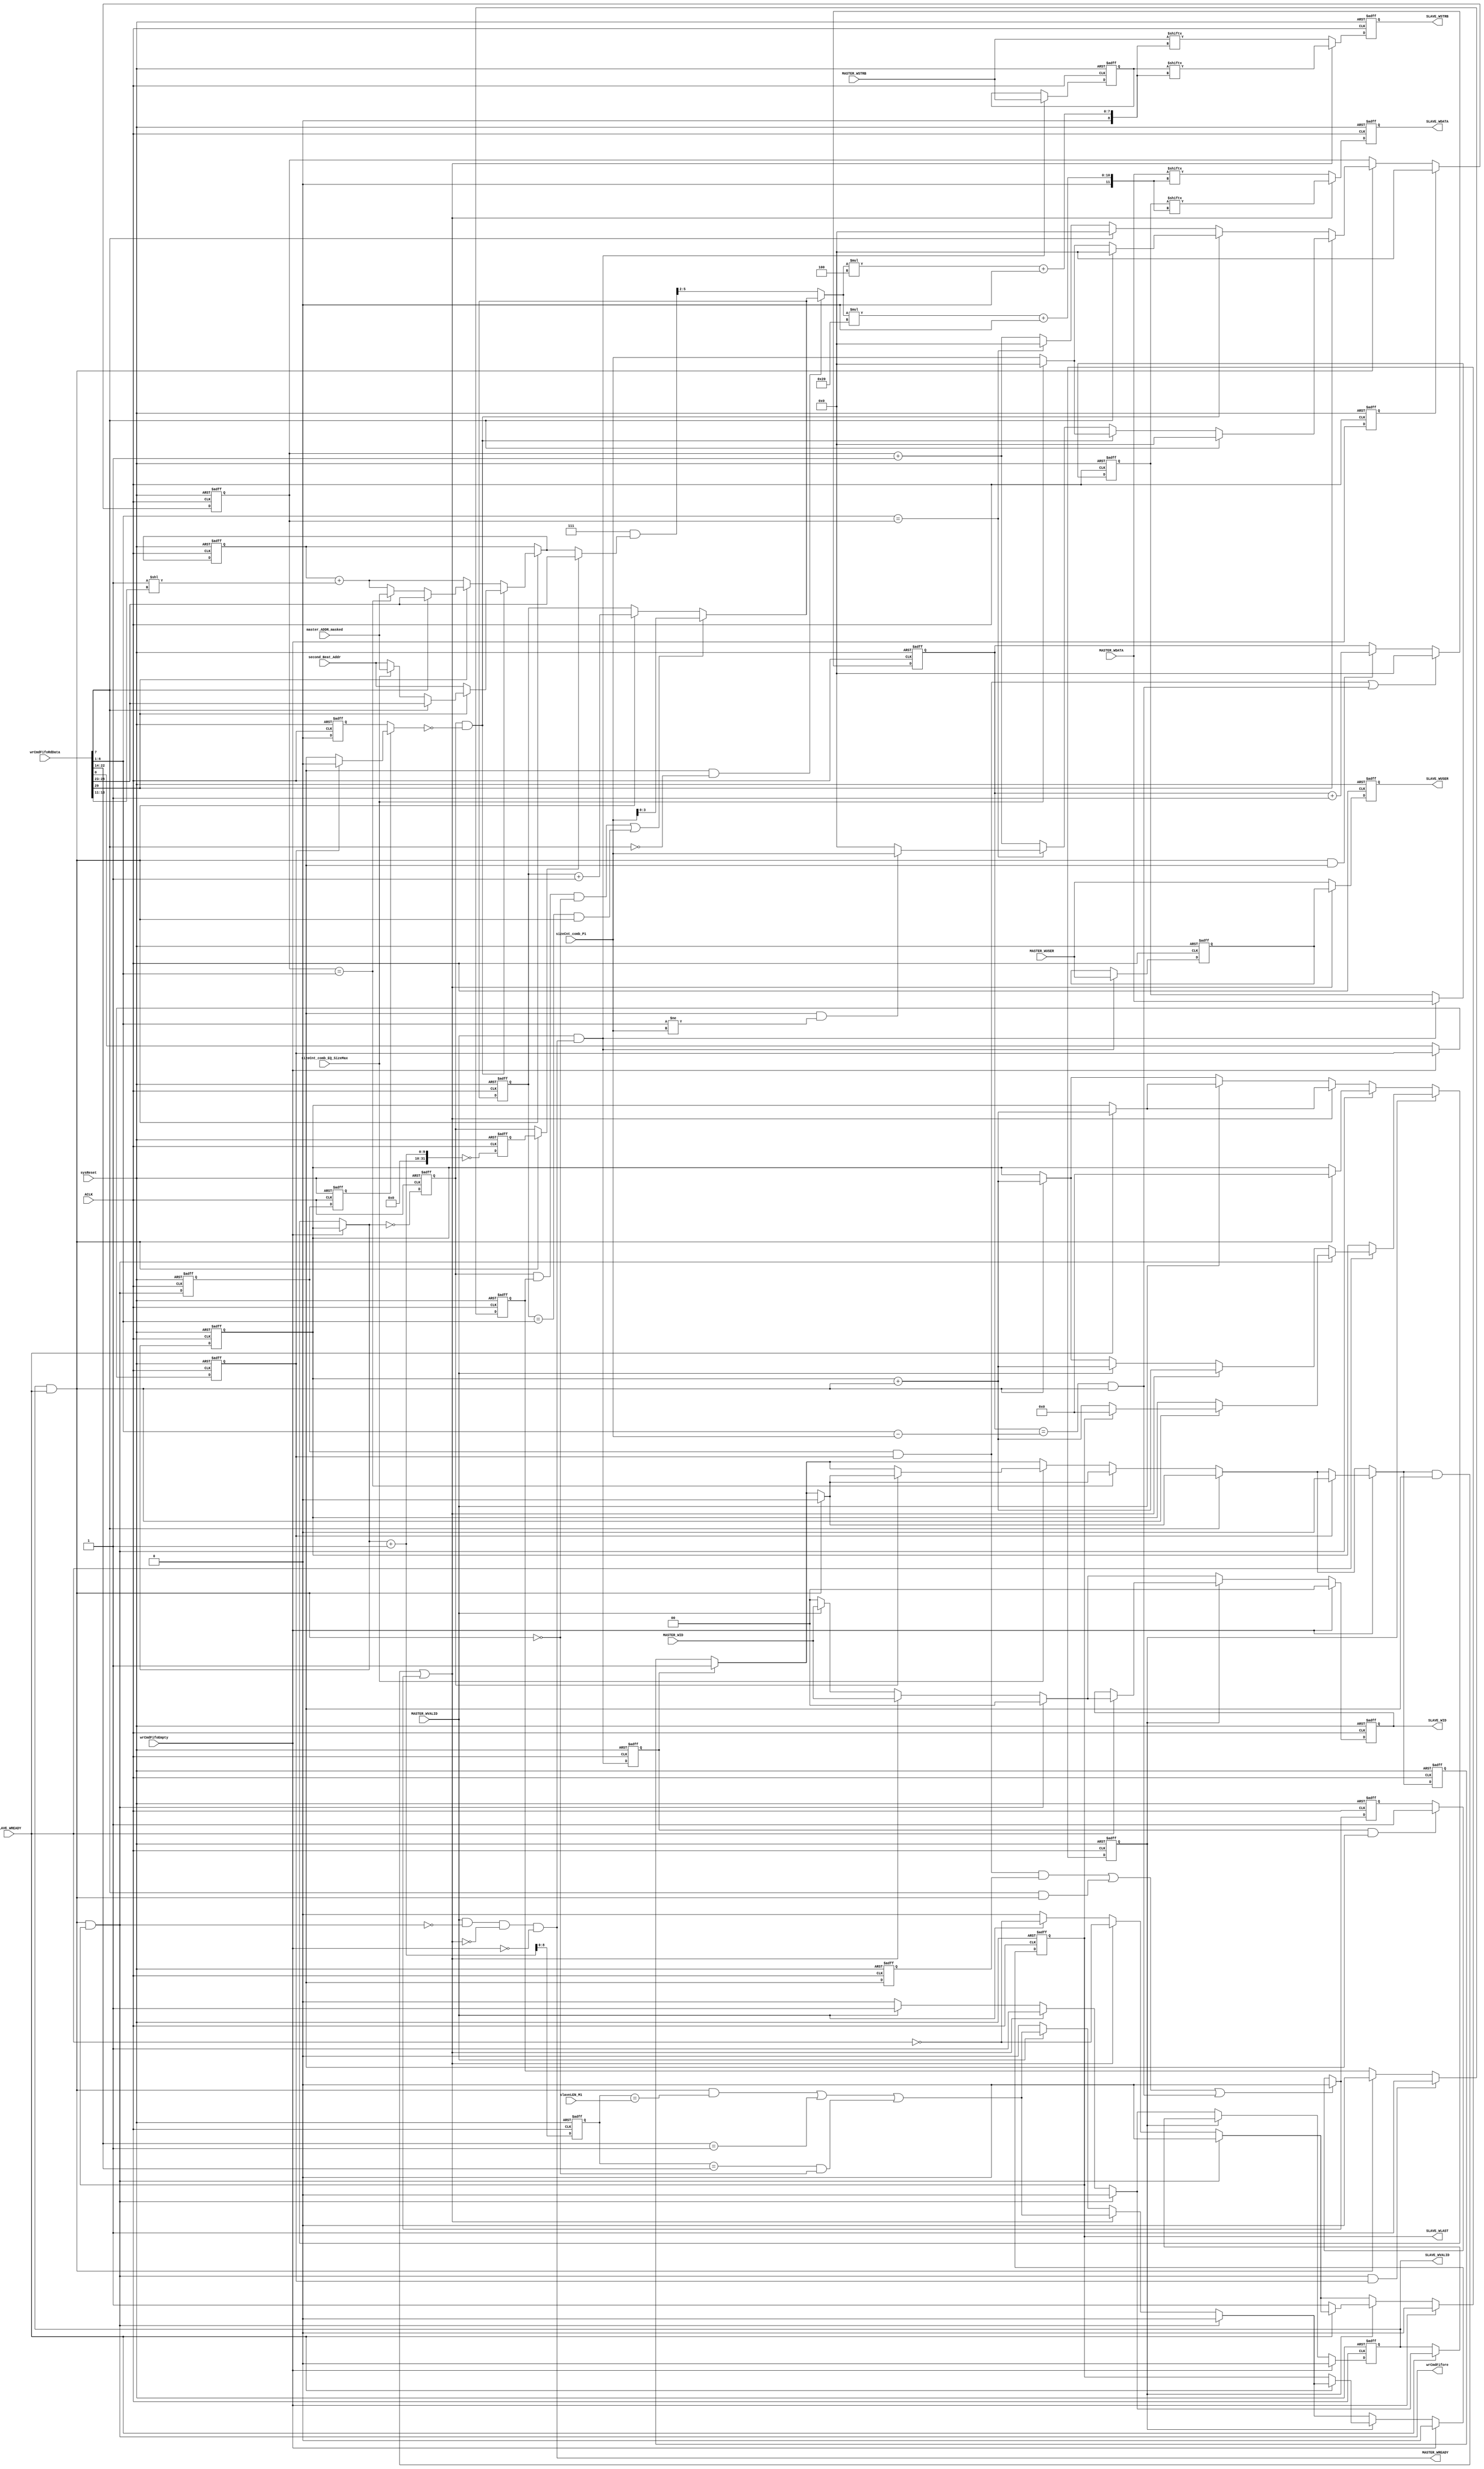
///////////////////////////////////////////////////////////////////////////////////////////////////
// Company: MICROSEMI
//
// IP Core: COREAXI4INTERCONNECT
//
//  Description  : The AMBA AXI4 Interconnect core connects one or more AXI memory-mapped master devices to one or
//                 more memory-mapped slave devices. The AMBA AXI protocol supports high-performance, high-frequency
//                 system designs.
//
//  COPYRIGHT 2017 BY MICROSEMI 
//  THE INFORMATION CONTAINED IN THIS DOCUMENT IS SUBJECT TO LICENSING RESTRICTIONS 
//  FROM MICROSEMI CORP.  IF YOU ARE NOT IN POSSESSION OF WRITTEN AUTHORIZATION FROM 
//  MICROSEMI FOR USE OF THIS FILE, THEN THE FILE SHOULD BE IMMEDIATELY DESTROYED AND 
//  NO BACK-UP OF THE FILE SHOULD BE MADE. 
//
//
/////////////////////////////////////////////////////////////////////////////////////////////////// 
 
 
module caxi4interconnect_DWC_DownConv_widthConvwr (
                                 //  input ports
                                 ACLK,
                                 sysReset,
                                 MASTER_WSTRB,
                                 MASTER_WUSER,
								 MASTER_WID,
                                 MASTER_WDATA,
                                 MASTER_WVALID,
                                 wrCmdFifoEmpty,
                                 wrCmdFifoRdData,
                                 SLAVE_WREADY,
                                 slaveLEN_M1,
                                 master_ADDR_masked,
                                 second_Beat_Addr,
                                 sizeCnt_comb_EQ_SizeMax,
                                 sizeCnt_comb_P1,
                                 //  output ports
                                 MASTER_WREADY,
                                 wrCmdFifore,
								 SLAVE_WID,
                                 SLAVE_WVALID,
                                 SLAVE_WLAST,
                                 SLAVE_WUSER,
                                 SLAVE_WDATA,
                                 SLAVE_WSTRB
                                 );
 
   parameter        DATA_WIDTH_IN             = 64;
   parameter        DATA_WIDTH_OUT            = 32;
   parameter        USER_WIDTH                = 1;
   parameter        CMD_FIFO_DATA_WIDTH       = 30;
   parameter        STRB_WIDTH_IN             = 8;
   parameter        STRB_WIDTH_OUT            = 4;
   parameter        ID_WIDTH                  = 0;
//  input ports
   input            ACLK;
   wire             ACLK;
   input            sysReset;
   wire             sysReset;
   input     [STRB_WIDTH_IN - 1:0] MASTER_WSTRB;
   wire      [STRB_WIDTH_IN - 1:0] MASTER_WSTRB;
   input     [USER_WIDTH - 1:0] MASTER_WUSER;
   wire      [USER_WIDTH - 1:0] MASTER_WUSER;
   input     [ID_WIDTH-1:0]        MASTER_WID;
   input     [DATA_WIDTH_IN - 1:0] MASTER_WDATA;
   wire      [DATA_WIDTH_IN - 1:0] MASTER_WDATA;
   input            MASTER_WVALID;
   wire             MASTER_WVALID;
   input            wrCmdFifoEmpty;
   wire             wrCmdFifoEmpty;
   input     [CMD_FIFO_DATA_WIDTH - 1:0] wrCmdFifoRdData;
   wire      [CMD_FIFO_DATA_WIDTH - 1:0] wrCmdFifoRdData;
   input            SLAVE_WREADY;
   wire             SLAVE_WREADY;
   input     [7:0]  slaveLEN_M1;
   wire      [7:0]  slaveLEN_M1;
   input     [5:0]  master_ADDR_masked;
   wire      [5:0]  master_ADDR_masked;
   input     [5:0]  second_Beat_Addr;
   wire      [5:0]  second_Beat_Addr;
   input            sizeCnt_comb_EQ_SizeMax;
   wire             sizeCnt_comb_EQ_SizeMax;
   input     [5:0]  sizeCnt_comb_P1;
   wire      [5:0]  sizeCnt_comb_P1;
//  output ports
   output           MASTER_WREADY;
   wire             MASTER_WREADY;
   output           wrCmdFifore;
   wire             wrCmdFifore;
   output           SLAVE_WVALID;
   reg              SLAVE_WVALID;
   output reg [ID_WIDTH-1:0] SLAVE_WID;
   output           SLAVE_WLAST;
   reg              SLAVE_WLAST;
   output    [USER_WIDTH - 1:0] SLAVE_WUSER;
   reg       [USER_WIDTH - 1:0] SLAVE_WUSER;
   output    [DATA_WIDTH_OUT - 1:0] SLAVE_WDATA;
   reg       [DATA_WIDTH_OUT - 1:0] SLAVE_WDATA;
   output    [STRB_WIDTH_OUT - 1:0] SLAVE_WSTRB;
   reg       [STRB_WIDTH_OUT - 1:0] SLAVE_WSTRB;
//  local signals
   reg       [8:0]  cnt;
   wire             cnt_match;
   reg       [5:0]  current_addr;
   wire      [5:0]  int_masterADDR;
   wire      [2:0]  int_slaveSIZE;
   wire      [8:0]  int_slaveLEN;
   wire             SameMstSlvSize;
   wire      [5:0]  SizeMax;
   wire      [DATA_WIDTH_OUT - 1:0] int_slaveWDATA;
   wire      [STRB_WIDTH_OUT - 1:0] int_slaveWSTRB;
   wire      [USER_WIDTH - 1:0] int_slaveWUSER;
   reg       [5:0]  sizeCnt;
   reg       [5:0]  fixed_burst_sizecnt;
   reg              valid_data;
   reg              fixed_valid_data;
   reg              valid_data_reg;
   reg              fixed_valid_data_reg;
   wire             master_valid_data;
   wire             slave_accept;
   reg       [DATA_WIDTH_IN - 1:0] MASTER_WDATA_reg;
   reg       [STRB_WIDTH_IN - 1:0] MASTER_WSTRB_reg;
   reg       [USER_WIDTH - 1:0] MASTER_WUSER_reg;
   wire             cnt_match_next;
   wire      [5:0]  maskAddr;
   wire      [3:0]  dataLoc;
   reg       [5:0]  current_addr_reg;
   reg       [5:0]  sizeCnt_reg;
   reg              hold_data;
   reg              hold_data_next;
   reg       [8:0]  cnt_next;
   reg       [ID_WIDTH-1:0] SLAVE_WID_next;
   reg              SLAVE_WVALID_next;
   reg              SLAVE_WLAST_next;
   wire             fixed_flag;
   reg              master_valid_data_reg;
   wire             lastTx;
   reg              lastTx_reg;
   reg       [8:0]  cnt_plus_1;
   reg              cnt_plus_1_eq_0;
   reg              cnt_eq_0;
   reg              WVLID_FIXED_BURST_CTRL;
   wire             fixed_burst;
   reg              slave_wrdone;
   reg              slave_wrdone_f1;
   reg              fixed_burst_det;
   reg              fixed_burst_f1;
   reg              fixed_burst_det_reg;
   reg              wrCmdFifoEmpty_reg;
   reg              fixed_burst_dataloc_load;
   reg       [3:0]  fixed_burst_dataloc;
   reg       [3:0]  fixed_burst_dataloc_reg;
 
   always  @(*)
   begin   :widthConvWrite_comb
 
      if (wrCmdFifoEmpty)
        begin
          SLAVE_WVALID_next <= 1'b0;
		  SLAVE_WID_next    <= 0;
          SLAVE_WLAST_next <= 1'b0;
          hold_data_next <= 1'b0;
          cnt_next <= cnt;
        end
      else
        begin
          if (hold_data)
            begin
              if (SLAVE_WREADY)
                begin
                  if (wrCmdFifore)
                    begin
                      SLAVE_WVALID_next <= 1'b0;
				      SLAVE_WID_next    <= 0;
                      SLAVE_WLAST_next <= 1'b0;
                      hold_data_next <= 1'b0;
                      if (slave_accept)
                        begin
                          if (SLAVE_WLAST)
                            begin
                              cnt_next <= 0;
                            end
                          else
                            begin
                              cnt_next <= cnt + slave_accept;
                            end
                        end
                      else
                        begin
                          cnt_next <= cnt;
                        end
                    end
                  else
                    begin
                      if ((valid_data & ~fixed_burst) | fixed_valid_data)
                        begin
                          hold_data_next <= ~SLAVE_WREADY;
                          SLAVE_WVALID_next <= 1'b1;
					      SLAVE_WID_next    <= MASTER_WID;
                          SLAVE_WLAST_next  <= cnt_match_next | (cnt_match & ~slave_accept);
                          if (SLAVE_WREADY)
                            begin
                              if (slave_accept & SLAVE_WLAST)
                                begin
                                  cnt_next <= 0;
                                end
                              else
                                begin
                                  cnt_next <= cnt + slave_accept;
                                end
                            end
                          else
                            begin
                              cnt_next <= cnt;
                            end
                        end
                      else
                        begin
                          if (MASTER_WVALID)                          
                            begin
                              hold_data_next <= ~SLAVE_WREADY;
                              SLAVE_WVALID_next <= 1'b1;
					  	      SLAVE_WID_next    <= MASTER_WID;
                              SLAVE_WLAST_next  <= cnt_match_next | (cnt_match & ~slave_accept);
                              if (SLAVE_WREADY)
                                begin
                                  if (slave_accept & SLAVE_WLAST)
                                    begin
                                      cnt_next <= 0;
                                    end
                                  else
                                    begin
                                      cnt_next <= cnt + slave_accept;
                                    end
                                end
                              else
                                begin
                                  cnt_next <= cnt;
                                end
                            end
                          else
                            begin
                              SLAVE_WVALID_next <= 1'b0;
						      SLAVE_WID_next    <= 0;
                              SLAVE_WLAST_next <= 1'b0;
                              hold_data_next <= 1'b0;
                              if (slave_accept)
                                begin
                                  if (slave_accept & SLAVE_WLAST)
                                    begin
                                      cnt_next <= 0;
                                    end
                                  else
                                    begin
                                      cnt_next <= cnt + slave_accept;
                                    end
                                end
                              else
                                begin
                                  cnt_next <= cnt;
                                end
                            end
                        end
                    end
                end
              else
                begin
                  SLAVE_WVALID_next <= SLAVE_WVALID;
			      SLAVE_WID_next    <= SLAVE_WID;
                  SLAVE_WLAST_next <= SLAVE_WLAST;
                  hold_data_next <= hold_data;
                  cnt_next <= cnt;
                end
            end
          else
            begin
              if (wrCmdFifore)
                begin
                  SLAVE_WVALID_next <= 1'b0;
			      SLAVE_WID_next    <= 0;
                  SLAVE_WLAST_next <= 1'b0;
                  hold_data_next <= 1'b0;
                  if (slave_accept)
                    begin
                      if (slave_accept & SLAVE_WLAST)
                        begin
                          cnt_next <= 0;
                        end
                      else
                        begin
                          cnt_next <= cnt + slave_accept;
                        end
                    end
                  else
                    begin
                      cnt_next <= cnt;
                    end
                end
              else
                begin
                  if ((valid_data & ~fixed_burst) | fixed_valid_data)
                    begin
                      hold_data_next <= ~SLAVE_WREADY;
                      SLAVE_WVALID_next <= 1'b1;
				      SLAVE_WID_next    <= MASTER_WID;
                      SLAVE_WLAST_next  <= cnt_match_next | (cnt_match & ~slave_accept);
                      if (SLAVE_WREADY)
                        begin
                          if (slave_accept & SLAVE_WLAST)
                            begin
                              cnt_next <= 0;
                            end
                          else
                            begin
                              cnt_next <= cnt + slave_accept;
                            end
                        end
                      else
                        begin
                          cnt_next <= cnt;
                        end
                    end
                  else
               begin
                  if (MASTER_WVALID)
                  begin
                     hold_data_next    <= ~SLAVE_WREADY;
                     SLAVE_WVALID_next <= 1'b1;
					 SLAVE_WID_next    <= MASTER_WID;
                     SLAVE_WLAST_next  <= cnt_match_next | (cnt_match & ~slave_accept);
                     if (SLAVE_WREADY)
                     begin
                        if (slave_accept & SLAVE_WLAST)
                        begin
                           cnt_next <= 0;
                        end
                        else
                        begin
                           cnt_next <= cnt + slave_accept;
                        end
                     end
                     else
                     begin
                        cnt_next <= cnt;
                     end
                  end
                  else
                  begin
                     SLAVE_WVALID_next <= 1'b0;
					 SLAVE_WID_next    <= 0;
                     SLAVE_WLAST_next <= 1'b0;
                     hold_data_next <= 1'b0;
                     if (slave_accept)
                     begin
                        if (slave_accept & SLAVE_WLAST)
                        begin
                           cnt_next <= 0;
                        end
                        else
                        begin
                           cnt_next <= cnt + slave_accept;
                        end
                     end
                     else
                     begin
                        cnt_next <= cnt;
                     end
                  end
               end
            end
         end
      end
   end
 
 
 
   always @( posedge ACLK or negedge sysReset )
   begin   :Start9
 
      if (!sysReset)
      begin
         SLAVE_WDATA <= 0;
         SLAVE_WSTRB <= 0;
         SLAVE_WUSER <= 0;
      end
      else
      begin
         SLAVE_WDATA <= int_slaveWDATA;
         SLAVE_WSTRB <= int_slaveWSTRB;
         SLAVE_WUSER <= int_slaveWUSER;
      end
   end
 
 
 
   always @( posedge ACLK or negedge sysReset )
   begin   :widthConvWrite_reg
 
      if (!sysReset)
      begin
         cnt <= 0;
         cnt_plus_1 <= 1;
         cnt_eq_0 <= 1;
         cnt_plus_1_eq_0 <= 0;
         SLAVE_WVALID <= 1'b0;
         SLAVE_WID <= 0;
         SLAVE_WLAST <= 1'b0;
         hold_data <= 1'b0;
      end
      else
      begin
         cnt <= cnt_next;
         cnt_plus_1 <= cnt_next + 1;
         cnt_eq_0 <= (cnt_next == 0);
         cnt_plus_1_eq_0 <= ((cnt_next + 1) == 0);
         SLAVE_WLAST <= SLAVE_WLAST_next;
		 //if(fixed_burst & slave_accept & ~master_valid_data_reg)
         //  SLAVE_WVALID <= 1'b0;
		 //else 
		   SLAVE_WVALID <= SLAVE_WVALID_next;
		 SLAVE_WID    <= SLAVE_WID_next;
         hold_data <= hold_data_next;
      end
   end
 
 
 
   always @( posedge ACLK or negedge sysReset )
   begin   :addrCtrl_reg
 
      if (!sysReset)
      begin
         current_addr_reg <= 0;
         sizeCnt_reg <= 0;
      end
      else
      begin
         current_addr_reg <= current_addr;
         sizeCnt_reg <= sizeCnt;
      end
   end
 
 
 
   always  @(*)
   begin   :sieCntCtrl
      if(wrCmdFifoEmpty_reg)
	    sizeCnt <= 0;
      else if (slave_accept)
      begin
         if (fixed_flag)
         begin
            if (SameMstSlvSize)
            begin
               sizeCnt <= 'b0;
            end
            else
            begin
               if (cnt_eq_0 & ~fixed_burst_det)
               begin
                  if (SameMstSlvSize)
                  begin
                     sizeCnt <= 'b0;
                  end
                  else
                  begin
                     if (sizeCnt_comb_EQ_SizeMax)
                     begin
                        sizeCnt <= 0;
                     end
                     else 
                     begin
                        sizeCnt <= sizeCnt_comb_P1;
                     end
                  end
               end
               else
               begin
                  if (SameMstSlvSize)
                  begin
                     sizeCnt <= 'b0;
                  end
                  else
                  begin
                     if (SizeMax == sizeCnt_reg)
                     begin
					    if(fixed_burst & (SizeMax != sizeCnt_comb_P1))
						  sizeCnt <= sizeCnt_comb_P1 ;
						else 
                          sizeCnt <= 0;
                     end
                     else
                     begin
                        sizeCnt <= sizeCnt_reg + 1;
                     end
                  end
               end
            end
         end
         else
         begin
            if (cnt_eq_0 & ~fixed_burst_det)
            begin
               if (SameMstSlvSize)
               begin
                  sizeCnt <= 'b0;
               end
               else
               begin
                  if (sizeCnt_comb_EQ_SizeMax)
                  begin
                     sizeCnt <= 0;
                  end
				  else 
				     sizeCnt <= sizeCnt_comb_P1;
               end
            end
            else
            begin
               if (SameMstSlvSize)
               begin
                  sizeCnt <= 'b0;
               end
               else
               begin
                  if (SizeMax == sizeCnt_reg)
                  begin
				    if(fixed_burst) 
					  sizeCnt <= sizeCnt_comb_P1;
					else 
                      sizeCnt <= 0;
                  end
                  else
                  begin
                     sizeCnt <= sizeCnt_reg + 1;
                  end
               end
            end
         end
      end
      else
      begin
         sizeCnt <= sizeCnt_reg;
      end
   end
 
 
 
   always  @(*)
   begin   :addr_ctrl
      
      if (slave_accept)
      begin	  
         if (cnt_eq_0 & ~fixed_burst_det)
         begin
            if (fixed_flag)
            begin
               if (SameMstSlvSize)
               begin
                  current_addr <= int_masterADDR;
               end
               else
               begin
                  if (sizeCnt_comb_EQ_SizeMax)
                  begin
                     current_addr <= master_ADDR_masked;
                  end
                  else
                  begin
                     current_addr <= second_Beat_Addr;
                  end
               end
            end
            else
            begin
               current_addr <= second_Beat_Addr;
            end
         end
         else
         begin
            if (fixed_flag)
            begin
               if (SameMstSlvSize)
               begin
                  current_addr <= int_masterADDR;
               end
               else
               begin
                  if (sizeCnt_reg == SizeMax)
                  begin
                     current_addr <= master_ADDR_masked;
                  end
                  else
                  begin
                     current_addr <= current_addr_reg + (1<<int_slaveSIZE);
                  end
               end
            end
            else
            begin
               current_addr <= current_addr_reg + (1<<int_slaveSIZE);
            end
         end
      end
      else
      begin
         current_addr <= current_addr_reg;
      end
   end
 
 
 
   always@(*)
   begin   :valid_data_comb
      if (wrCmdFifoEmpty)
      begin
         if (lastTx_reg)
         begin
            valid_data <= 0;
         end
         else
         begin
            if (SameMstSlvSize)
            begin
               if (slave_accept)
               begin
                  valid_data <= 1'b0;
               end
               else
               begin
                  if (master_valid_data_reg)
                  begin
                     valid_data <=  1'b1;
                  end
                  else
                  begin
                     valid_data <= valid_data_reg;
                  end
               end
            end
            else
            begin
               if (sizeCnt_reg == SizeMax)
               begin
                  if (slave_accept)
                  begin
                     valid_data <= 1'b0;
                  end
                  else
                  begin
                     if (master_valid_data_reg)
                     begin
                        valid_data <=  1'b1;
                     end
                     else
                     begin
                        valid_data <= valid_data_reg;
                     end
                  end
               end
               else
               begin
                  if (sizeCnt_comb_EQ_SizeMax)
                  begin
                     if (cnt_eq_0)
                     begin
                        if (slave_accept)
                        begin
                           valid_data <= 1'b0;
                        end
                        else
                        begin
                           if (master_valid_data_reg)
                           begin
                              valid_data <=  1'b1;
                           end
                           else
                           begin
                              valid_data <= valid_data_reg;
                           end
                        end
                     end
                     else
                     begin
                        if (master_valid_data_reg)
                        begin
                           valid_data <=  1'b1;
                        end
                        else
                        begin
                           valid_data <= valid_data_reg;
                        end
                     end
                  end
                  else
                  begin
                     if (master_valid_data_reg)
                     begin
                        valid_data <=  1'b1;
                     end
                     else
                     begin
                        valid_data <= valid_data_reg;
                     end
                  end
               end
            end
         end
      end
      else
      begin
         if (SameMstSlvSize)
         begin
            if (slave_accept)
            begin
               valid_data <= 1'b0;
            end
            else
            begin
               if (master_valid_data_reg)
               begin
                  valid_data <=  1'b1;
               end
               else
               begin
                  valid_data <= valid_data_reg;
               end
            end
         end
         else
         begin
            if (sizeCnt_reg == SizeMax)
            begin
               if (slave_accept)
               begin
                  valid_data <= 1'b0;
               end
               else
               begin
                  if (master_valid_data_reg)
                  begin
                     valid_data <=  1'b1;
                  end
                  else
                  begin
                     valid_data <= valid_data_reg;
                  end
               end
            end
            else
            begin
               if (sizeCnt_comb_EQ_SizeMax)
               begin
                  if (cnt_eq_0)
                  begin
                     if (slave_accept)
                     begin
                        valid_data <= 1'b0;
                     end
                     else
                     begin
                        if (master_valid_data_reg)
                        begin
                           valid_data <=  1'b1;
                        end
                        else
                        begin
                           valid_data <= valid_data_reg;
                        end
                     end
                  end
                  else
                  begin
                     if (master_valid_data_reg)
                     begin
                        valid_data <=  1'b1;
                     end
                     else
                     begin
                        valid_data <= valid_data_reg;
                     end
                  end
               end
               else
               begin
                  if (master_valid_data_reg)
                  begin
                     valid_data <=  1'b1;
                  end
                  else
                  begin
                     valid_data <= valid_data_reg;
                  end
               end
            end
         end
      end
   end
 
 
 
   always @( posedge ACLK or negedge sysReset )
   begin   :valid_data_register
 
      if (!sysReset)
      begin
         valid_data_reg <= 1'b0;
         master_valid_data_reg <= 1'b0;
      end
      else
      begin
         valid_data_reg <= valid_data;
         master_valid_data_reg <= master_valid_data;
      end
   end
 
 
 
   always @( posedge ACLK or negedge sysReset )
   begin   :wchan_reg
 
      if (!sysReset)
      begin
 
         MASTER_WDATA_reg <= 0;
         MASTER_WSTRB_reg <= 0;
         MASTER_WUSER_reg <= 0;
      end
      else
      begin
         if (master_valid_data)
         begin
 
            MASTER_WDATA_reg <= MASTER_WDATA;
            MASTER_WSTRB_reg <= MASTER_WSTRB;
            MASTER_WUSER_reg <= MASTER_WUSER;
         end
      end
   end
 
 
 
   always @( posedge ACLK or negedge sysReset )
   begin   :lastTx_flowchart
 
      if (!sysReset)
      begin
         lastTx_reg <= 1'b1;
      end
      else
      begin
         if (wrCmdFifoEmpty)
         begin
         end
         else
         begin
            lastTx_reg <= lastTx;
         end
      end
   end

   always @( posedge ACLK or negedge sysReset )
     if (!sysReset)
       fixed_burst_dataloc_load <= 1;
	 else if(wrCmdFifore & lastTx_reg)
	   fixed_burst_dataloc_load <= 1;
	 else if(slave_accept)
       fixed_burst_dataloc_load <= 0;
     
  always@(*)
    if(((cnt_eq_0 & fixed_burst_dataloc_load & ~slave_accept) | ((fixed_burst_dataloc_reg == SizeMax) & slave_accept)))
	  fixed_burst_dataloc = sizeCnt_comb_P1;
	else if(slave_accept)
	  fixed_burst_dataloc = fixed_burst_dataloc_reg + 1;
    else 
      fixed_burst_dataloc = fixed_burst_dataloc_reg;
 
   always @( posedge ACLK or negedge sysReset )
     if (!sysReset)
       fixed_burst_dataloc_reg <= 4'hF;
	 else 
	   fixed_burst_dataloc_reg <= fixed_burst_dataloc;

   always @( posedge ACLK or negedge sysReset )
     if (!sysReset)
       slave_wrdone <= 0;
	 else 
	   slave_wrdone <= wrCmdFifore;

   always @( posedge ACLK or negedge sysReset )
     if (!sysReset)
       slave_wrdone_f1 <= 0;
	 else 
	   slave_wrdone_f1 <= slave_wrdone;	   
	   
   always @(*)
     if(slave_wrdone_f1)
	   begin 
	     if(lastTx_reg)
	       fixed_burst_det = 1'b0;
	     else 
	       fixed_burst_det = fixed_burst;
	   end 
	 else 
	   fixed_burst_det = fixed_burst_det_reg;

   always @( posedge ACLK or negedge sysReset )
     if (!sysReset)
       fixed_burst_det_reg <= 1'b0;
	 else if(fixed_burst)
	   fixed_burst_det_reg <= fixed_burst_det;
	 else 
	   fixed_burst_det_reg <= 1'b0;

   always @( posedge ACLK or negedge sysReset )
     if (!sysReset)
       fixed_burst_f1 <= 1'b0;
	 else 
	   fixed_burst_f1 <= fixed_burst;

   always @( posedge ACLK or negedge sysReset )
     if (!sysReset)
       wrCmdFifoEmpty_reg <= 1'b0;
	 else 
	   wrCmdFifoEmpty_reg <= wrCmdFifoEmpty;
	   
   // Split up wrCmdFifoRdData
   assign fixed_burst = wrCmdFifoRdData[37+ID_WIDTH-1];
   assign fixed_flag = wrCmdFifoRdData[29];
   assign int_masterADDR = wrCmdFifoRdData[28:23];
   assign int_slaveLEN = wrCmdFifoRdData[22:14];
   assign int_slaveSIZE = wrCmdFifoRdData[13:11];
   assign SameMstSlvSize = wrCmdFifoRdData[7];
   assign SizeMax = wrCmdFifoRdData[6:1];
   assign lastTx = wrCmdFifoRdData[0];
 
   assign cnt_match = ((cnt_plus_1) == int_slaveLEN);
   assign cnt_match_next = (slave_accept & ((cnt_plus_1) == (slaveLEN_M1))) | (int_slaveLEN == 1);
 
   assign maskAddr = ( (DATA_WIDTH_IN/8) - 1) & ((slave_accept ? cnt_plus_1_eq_0 : cnt_eq_0) ? int_masterADDR : current_addr);
    
   // Location of data on Master bus
   assign dataLoc = (fixed_burst & ~SameMstSlvSize) ? fixed_burst_dataloc : ( maskAddr >> ($clog2(DATA_WIDTH_OUT/8)));
   //assign dataLoc = ( maskAddr >> ($clog2(DATA_WIDTH_OUT/8)));
   //assign dataLoc = fixed_burst_dataloc;

   assign int_slaveWDATA = ((valid_data & ~fixed_burst) | fixed_valid_data)  ? MASTER_WDATA_reg[ (dataLoc*DATA_WIDTH_OUT) +: DATA_WIDTH_OUT ] : MASTER_WDATA[ (dataLoc*DATA_WIDTH_OUT) +: DATA_WIDTH_OUT ];
   assign int_slaveWSTRB = ((valid_data & ~fixed_burst) | fixed_valid_data)  ? MASTER_WSTRB_reg[ (dataLoc*(DATA_WIDTH_OUT/8)) +: (DATA_WIDTH_OUT/8) ] : MASTER_WSTRB[ (dataLoc*(DATA_WIDTH_OUT/8)) +: (DATA_WIDTH_OUT/8) ]; 
   assign int_slaveWUSER = ((valid_data & ~fixed_burst) | fixed_valid_data)  ? MASTER_WUSER_reg : MASTER_WUSER;
 
   assign wrCmdFifore = SLAVE_WVALID & SLAVE_WREADY & SLAVE_WLAST;
   assign MASTER_WREADY = MASTER_WVALID & (~wrCmdFifore) & (~((valid_data & ~fixed_burst) | fixed_valid_data)) & (~wrCmdFifoEmpty);
 
   assign master_valid_data = MASTER_WVALID & MASTER_WREADY;
   assign slave_accept = SLAVE_WVALID & SLAVE_WREADY;
   
   
   always@(posedge ACLK or negedge sysReset)
     begin :fixburst_sizecnt
	   if(~sysReset)
	     fixed_burst_sizecnt <= 0;
       else if((slave_wrdone & lastTx_reg) | ((fixed_burst_sizecnt == (SizeMax - sizeCnt_comb_P1)) & slave_accept))	     
	     fixed_burst_sizecnt <= 0;
       else if (slave_accept & fixed_burst)
	     fixed_burst_sizecnt <= fixed_burst_sizecnt + 1'b1;
     end 		 

   always@(*)
     begin :fixburst_validdata
       if((slave_wrdone & lastTx_reg & fixed_burst_f1) | (SameMstSlvSize & slave_accept) | 
	      ((fixed_burst_sizecnt == (SizeMax - sizeCnt_comb_P1)) & slave_accept))
	     fixed_valid_data = 0;
	   else if(master_valid_data_reg & fixed_burst)
		 fixed_valid_data = 1;
	   else 
	     fixed_valid_data = fixed_valid_data_reg;
     end 		 
   
   always@(posedge ACLK or negedge sysReset)
     begin :fixburst_validdatareg
       if(~sysReset)
	     fixed_valid_data_reg <= 0;
       else
	     fixed_valid_data_reg <= fixed_valid_data;
     end 		
	 
endmodule